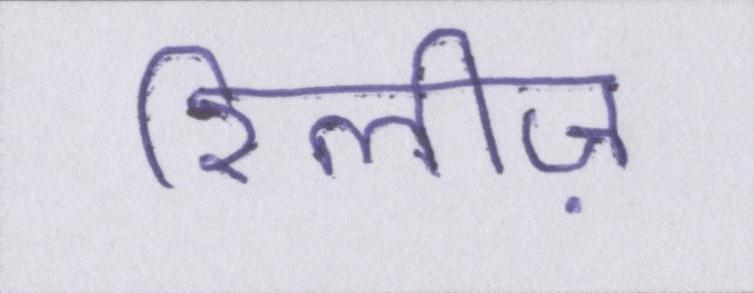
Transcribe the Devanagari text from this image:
रिलीज़